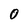
Character: O